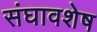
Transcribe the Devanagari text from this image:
संघावशेष